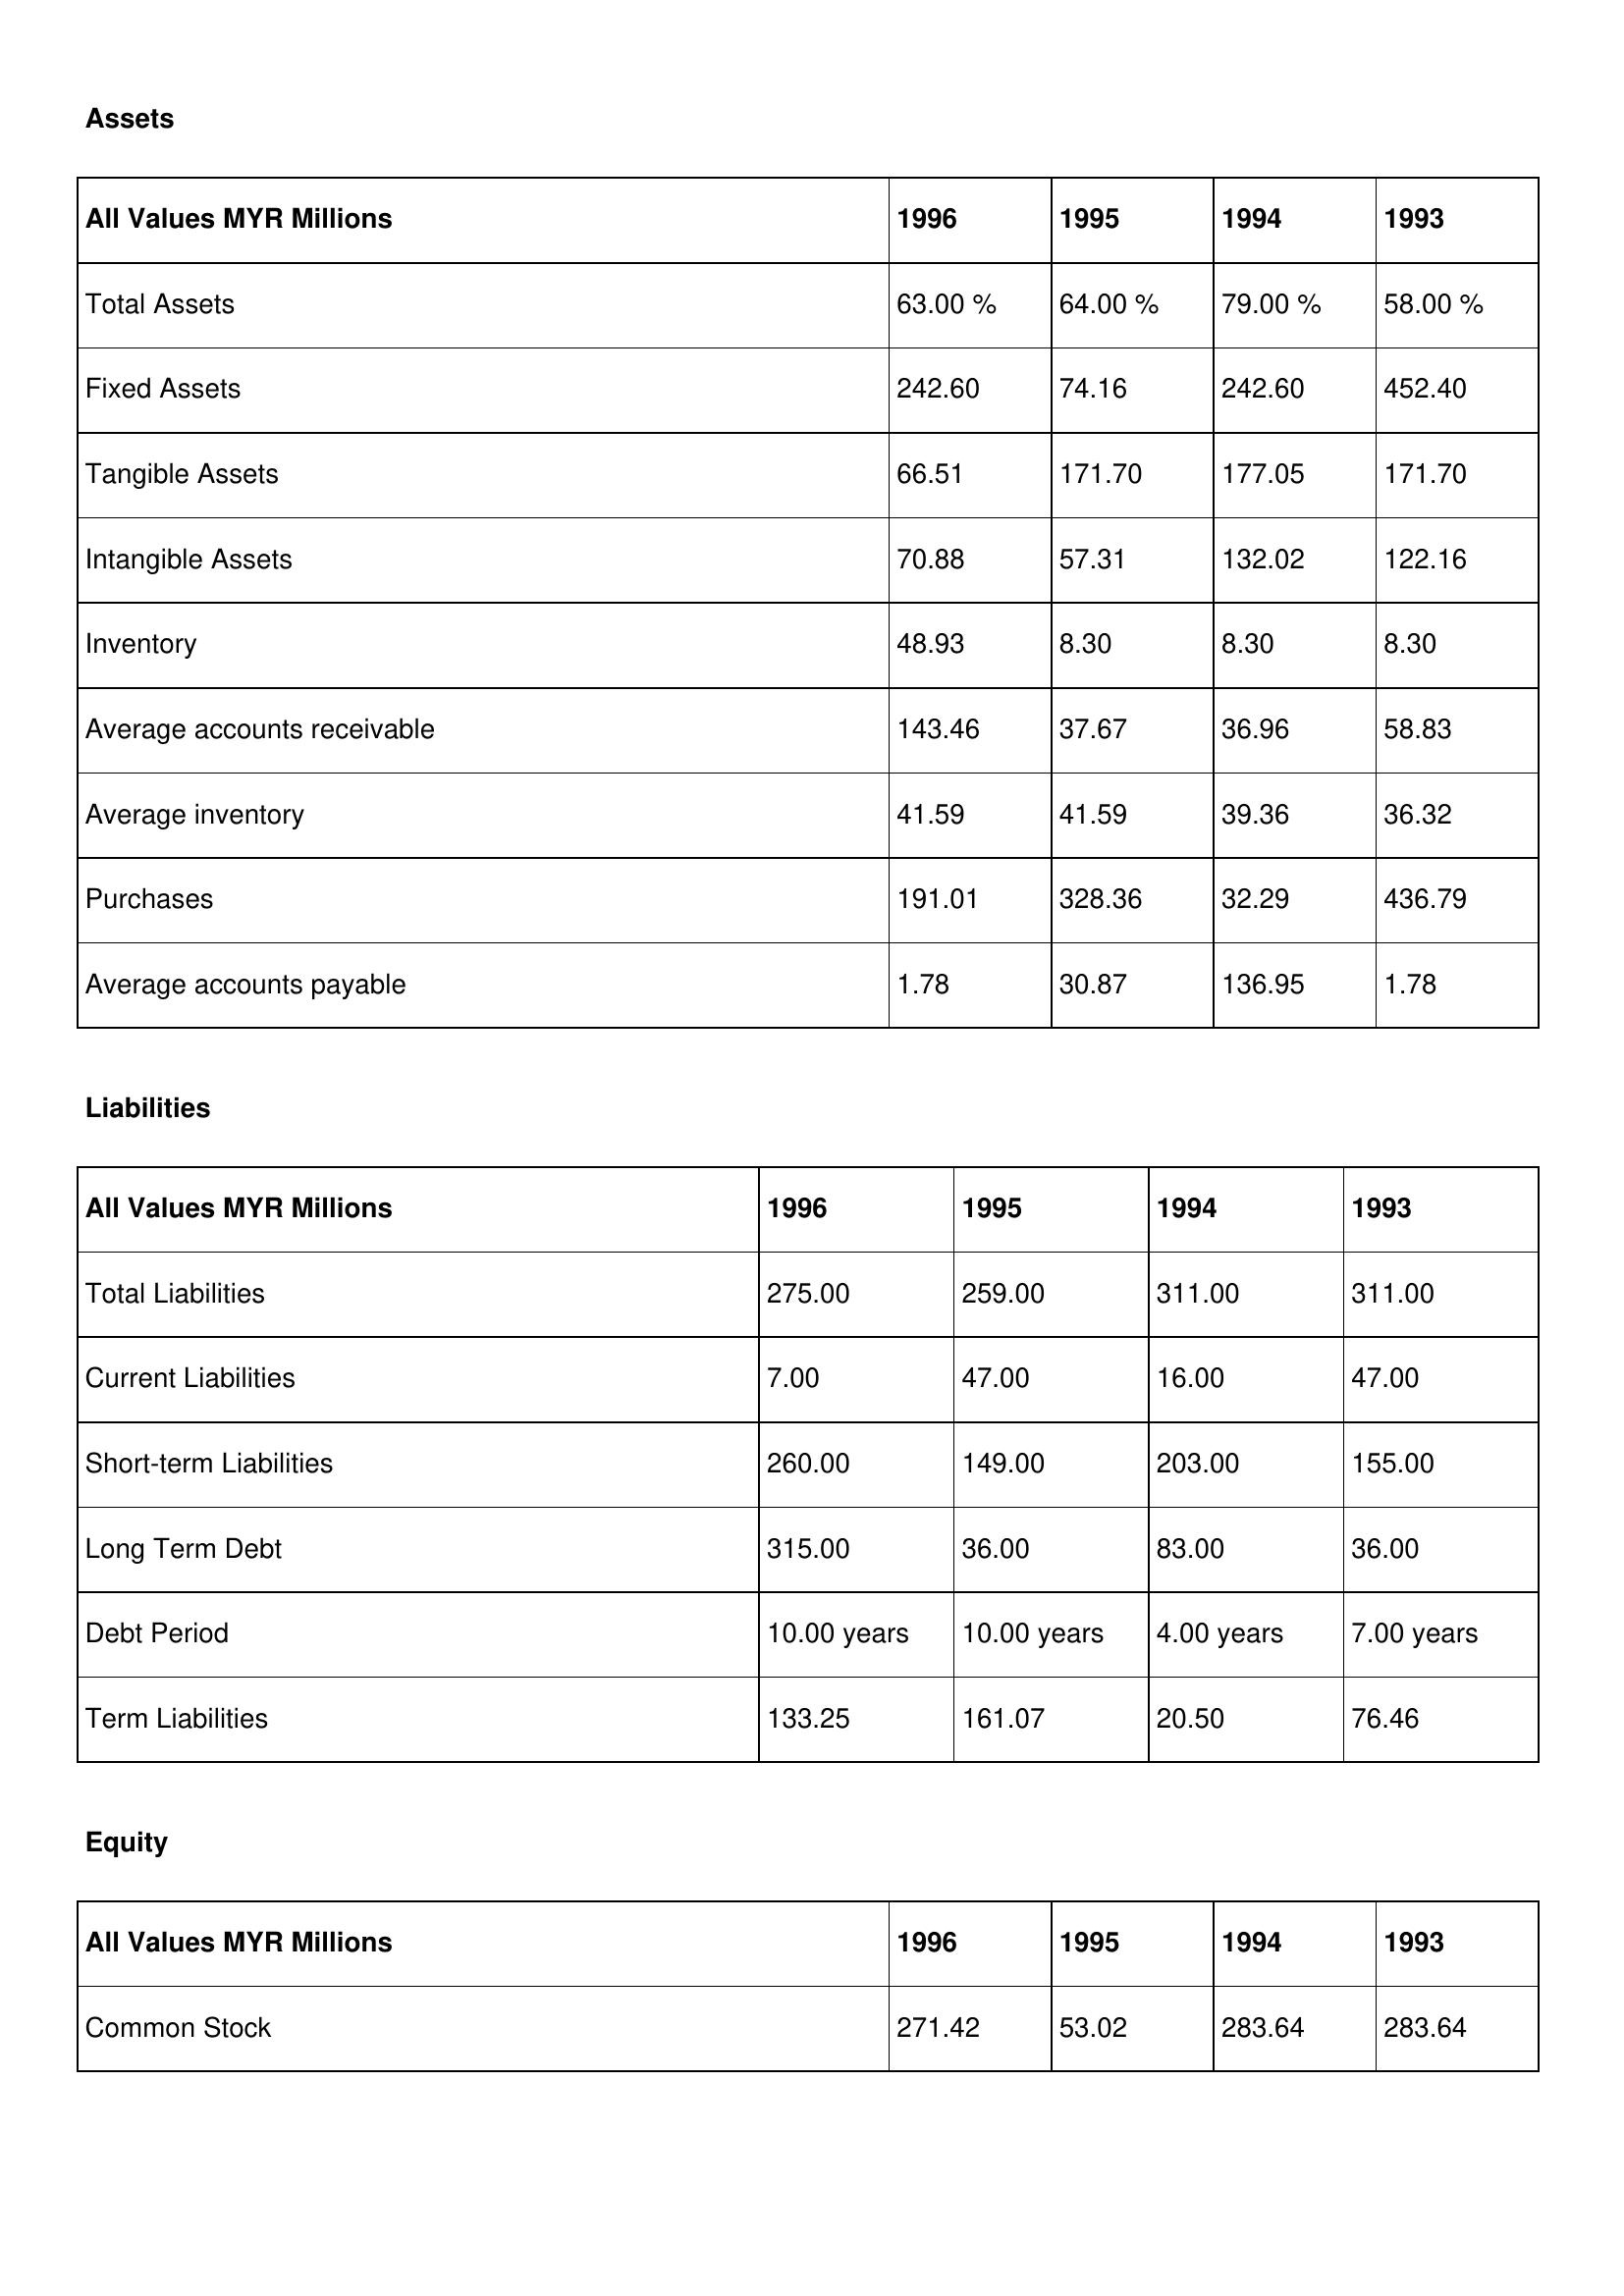
gt_parse: 1996: Assets: Total Assets: 63.00 %
Fixed Assets: 242.60
Tangible Assets: 66.51
Intangible Assets: 70.88
Inventory: 48.93
Average accounts receivable: 143.46
Average inventory: 41.59
Purchases: 191.01
Average accounts payable: 1.78
Liabilities: Total Liabilities: 275.00
Current Liabilities: 7.00
Short-term Liabilities: 260.00
Long Term Debt: 315.00
Debt Period: 10.00 years
Term Liabilities: 133.25
Equity: Common Stock: 271.42
1995: Assets: Total Assets: 64.00 %
Fixed Assets: 74.16
Tangible Assets: 171.70
Intangible Assets: 57.31
Inventory: 8.30
Average accounts receivable: 37.67
Average inventory: 41.59
Purchases: 328.36
Average accounts payable: 30.87
Liabilities: Total Liabilities: 259.00
Current Liabilities: 47.00
Short-term Liabilities: 149.00
Long Term Debt: 36.00
Debt Period: 10.00 years
Term Liabilities: 161.07
Equity: Common Stock: 53.02
1994: Assets: Total Assets: 79.00 %
Fixed Assets: 242.60
Tangible Assets: 177.05
Intangible Assets: 132.02
Inventory: 8.30
Average accounts receivable: 36.96
Average inventory: 39.36
Purchases: 32.29
Average accounts payable: 136.95
Liabilities: Total Liabilities: 311.00
Current Liabilities: 16.00
Short-term Liabilities: 203.00
Long Term Debt: 83.00
Debt Period: 4.00 years
Term Liabilities: 20.50
Equity: Common Stock: 283.64
1993: Assets: Total Assets: 58.00 %
Fixed Assets: 452.40
Tangible Assets: 171.70
Intangible Assets: 122.16
Inventory: 8.30
Average accounts receivable: 58.83
Average inventory: 36.32
Purchases: 436.79
Average accounts payable: 1.78
Liabilities: Total Liabilities: 311.00
Current Liabilities: 47.00
Short-term Liabilities: 155.00
Long Term Debt: 36.00
Debt Period: 7.00 years
Term Liabilities: 76.46
Equity: Common Stock: 283.64